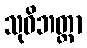
သုဝိဘတ္တာ